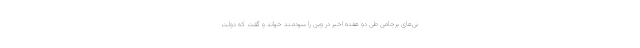
نی‌های برجامی طی دو هفته اخیر در وین را سودمند خواند و گفت که دولت